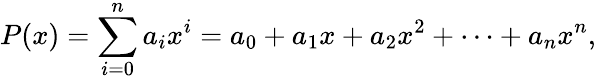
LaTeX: P(x)=\sum_{i=0}^{n}{a_{i}x^{i}}=a_{0}+a_{1}x+a_{2}x^{2}+\cdots+a_{n}x^{n},